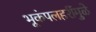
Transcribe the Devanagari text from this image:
भूकंपलहरींमुळे